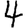
Digit: 4